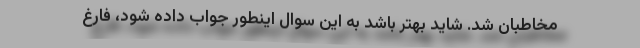
مخاطبان شد. شاید بهتر باشد به این سوال اینطور جواب داده شود، فارغ